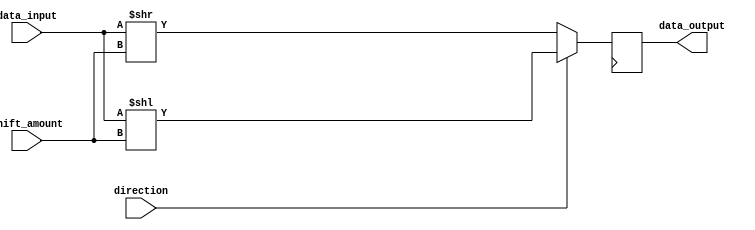
module barrel_shifter(
    input [7:0] data_input,
    input [2:0] shift_amount,
    input direction,
    output reg [7:0] data_output
);

reg [7:0] temp;

always @(posedge clk) begin
    temp = data_input;
    if(direction == 1) begin
        data_output = temp << shift_amount;
    end else begin
        data_output = temp >> shift_amount;
    end
end

endmodule